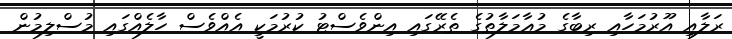
ރަލާއި އޫރުމަހާއި ރިބާގެ މުޢާމަލާތުގެ ތެރޭގައި އިންވެސްޓު ކުރުމަކީ އެއްވެސް ހާލެއްގައި މުސްލިމުން